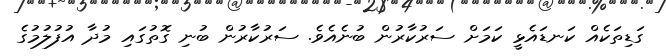
ގަޑިތަކެއް ކަނޑައެޅީ ކަމަށް ސަރުކާރުން ބުނެއެވެ. ސަރުކާރުން ބުނި ގޮތުގައި މުދާ އުފުލުމުގެ